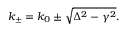
k _ { \pm } = k _ { 0 } \pm \sqrt { \Delta ^ { 2 } - \gamma ^ { 2 } } .